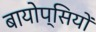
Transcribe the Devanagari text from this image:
बायोप्‍िसयों